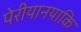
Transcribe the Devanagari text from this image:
पेरीयानयाकि